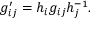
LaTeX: g _ { i j } ^ { \prime } = h _ { i } g _ { i j } h _ { j } ^ { - 1 } .